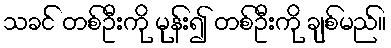
သခင် တစ်ဦးကို မုန်း၍ တစ်ဦးကို ချစ်မည်။